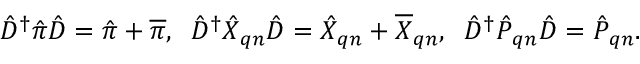
\begin{array} { r } { \hat { D } ^ { \dagger } \hat { \boldsymbol { \pi } } \hat { D } = \hat { \boldsymbol { \pi } } + \overline { { \boldsymbol { \pi } } } , \; \; \hat { D } ^ { \dagger } \hat { X } _ { \boldsymbol { q } n } \hat { D } = \hat { X } _ { \boldsymbol { q } n } + \overline { { X } } _ { \boldsymbol { q } n } , \; \; \hat { D } ^ { \dagger } \hat { P } _ { \boldsymbol { q } n } \hat { D } = \hat { P } _ { \boldsymbol { q } n } . } \end{array}